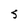
Character: 5